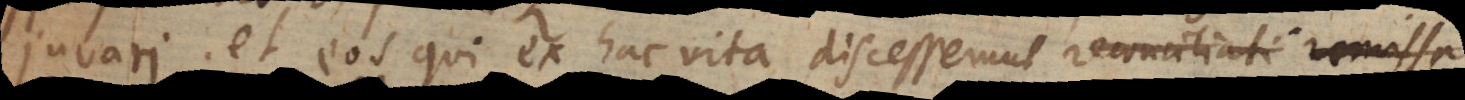
juvari; et eos qui ex hac vita discesserunt reconciliati